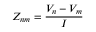
Z _ { n m } = \frac { V _ { n } - V _ { m } } { I }